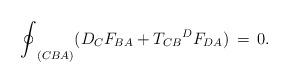
LaTeX: \begin{align*}{\oint}_{(CBA)}(D_{C}F_{BA}+{{T_{CB}}^{D}}F_{DA}) \,=\,0.\end{align*}